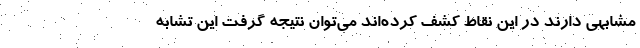
مشابهی دارند در این نقاط کشف کرده‌اند می‌توان نتیجه گرفت این تشابه